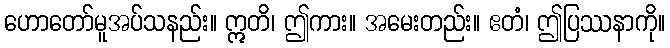
ဟောတော်မူအပ်သနည်း။ ဣတိ၊ ဤကား။ အမေးတည်း။ ဧတံ၊ ဤပြဿနာကို။